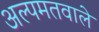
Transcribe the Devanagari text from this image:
अल्पमतवाले